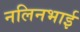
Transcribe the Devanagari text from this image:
नलिनभाई